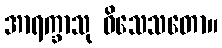
အာရက္ခာသု ဝိသေသတော။